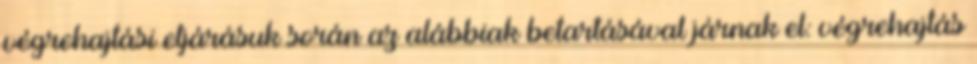
végrehajtási eljárásuk során az alábbiak betartásával járnak el: végrehajtás